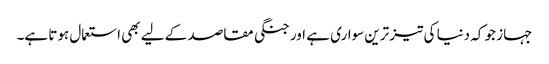
جہاز جو کہ دنیا کی تیز ترین سواری ہے اور جنگی مقاصد کے لیے بھی استعمال ہوتا ہے۔